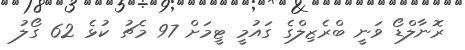
ރޮނާލްޑޯ ވަނީ ބްރެޒިލްގެ ގައުމީ ޓީމަށް 97 މެޗު ކުޅެ 62 ގޯލު